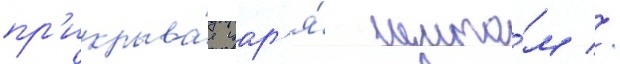
пр'икрыва́я цар'я́ щито́м //